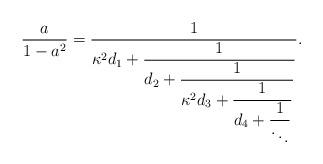
LaTeX: \begin{align*}\frac{a}{1-a^2}=\frac{1}{{\kappa^2}d_1+\displaystyle\frac{1}{d_2+\displaystyle\frac{1}{{\kappa^2}d_3+\displaystyle\frac{1}{d_4+\displaystyle\frac{1}{ \ddots}}}}}.\end{align*}